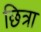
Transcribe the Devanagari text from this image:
छित्रा